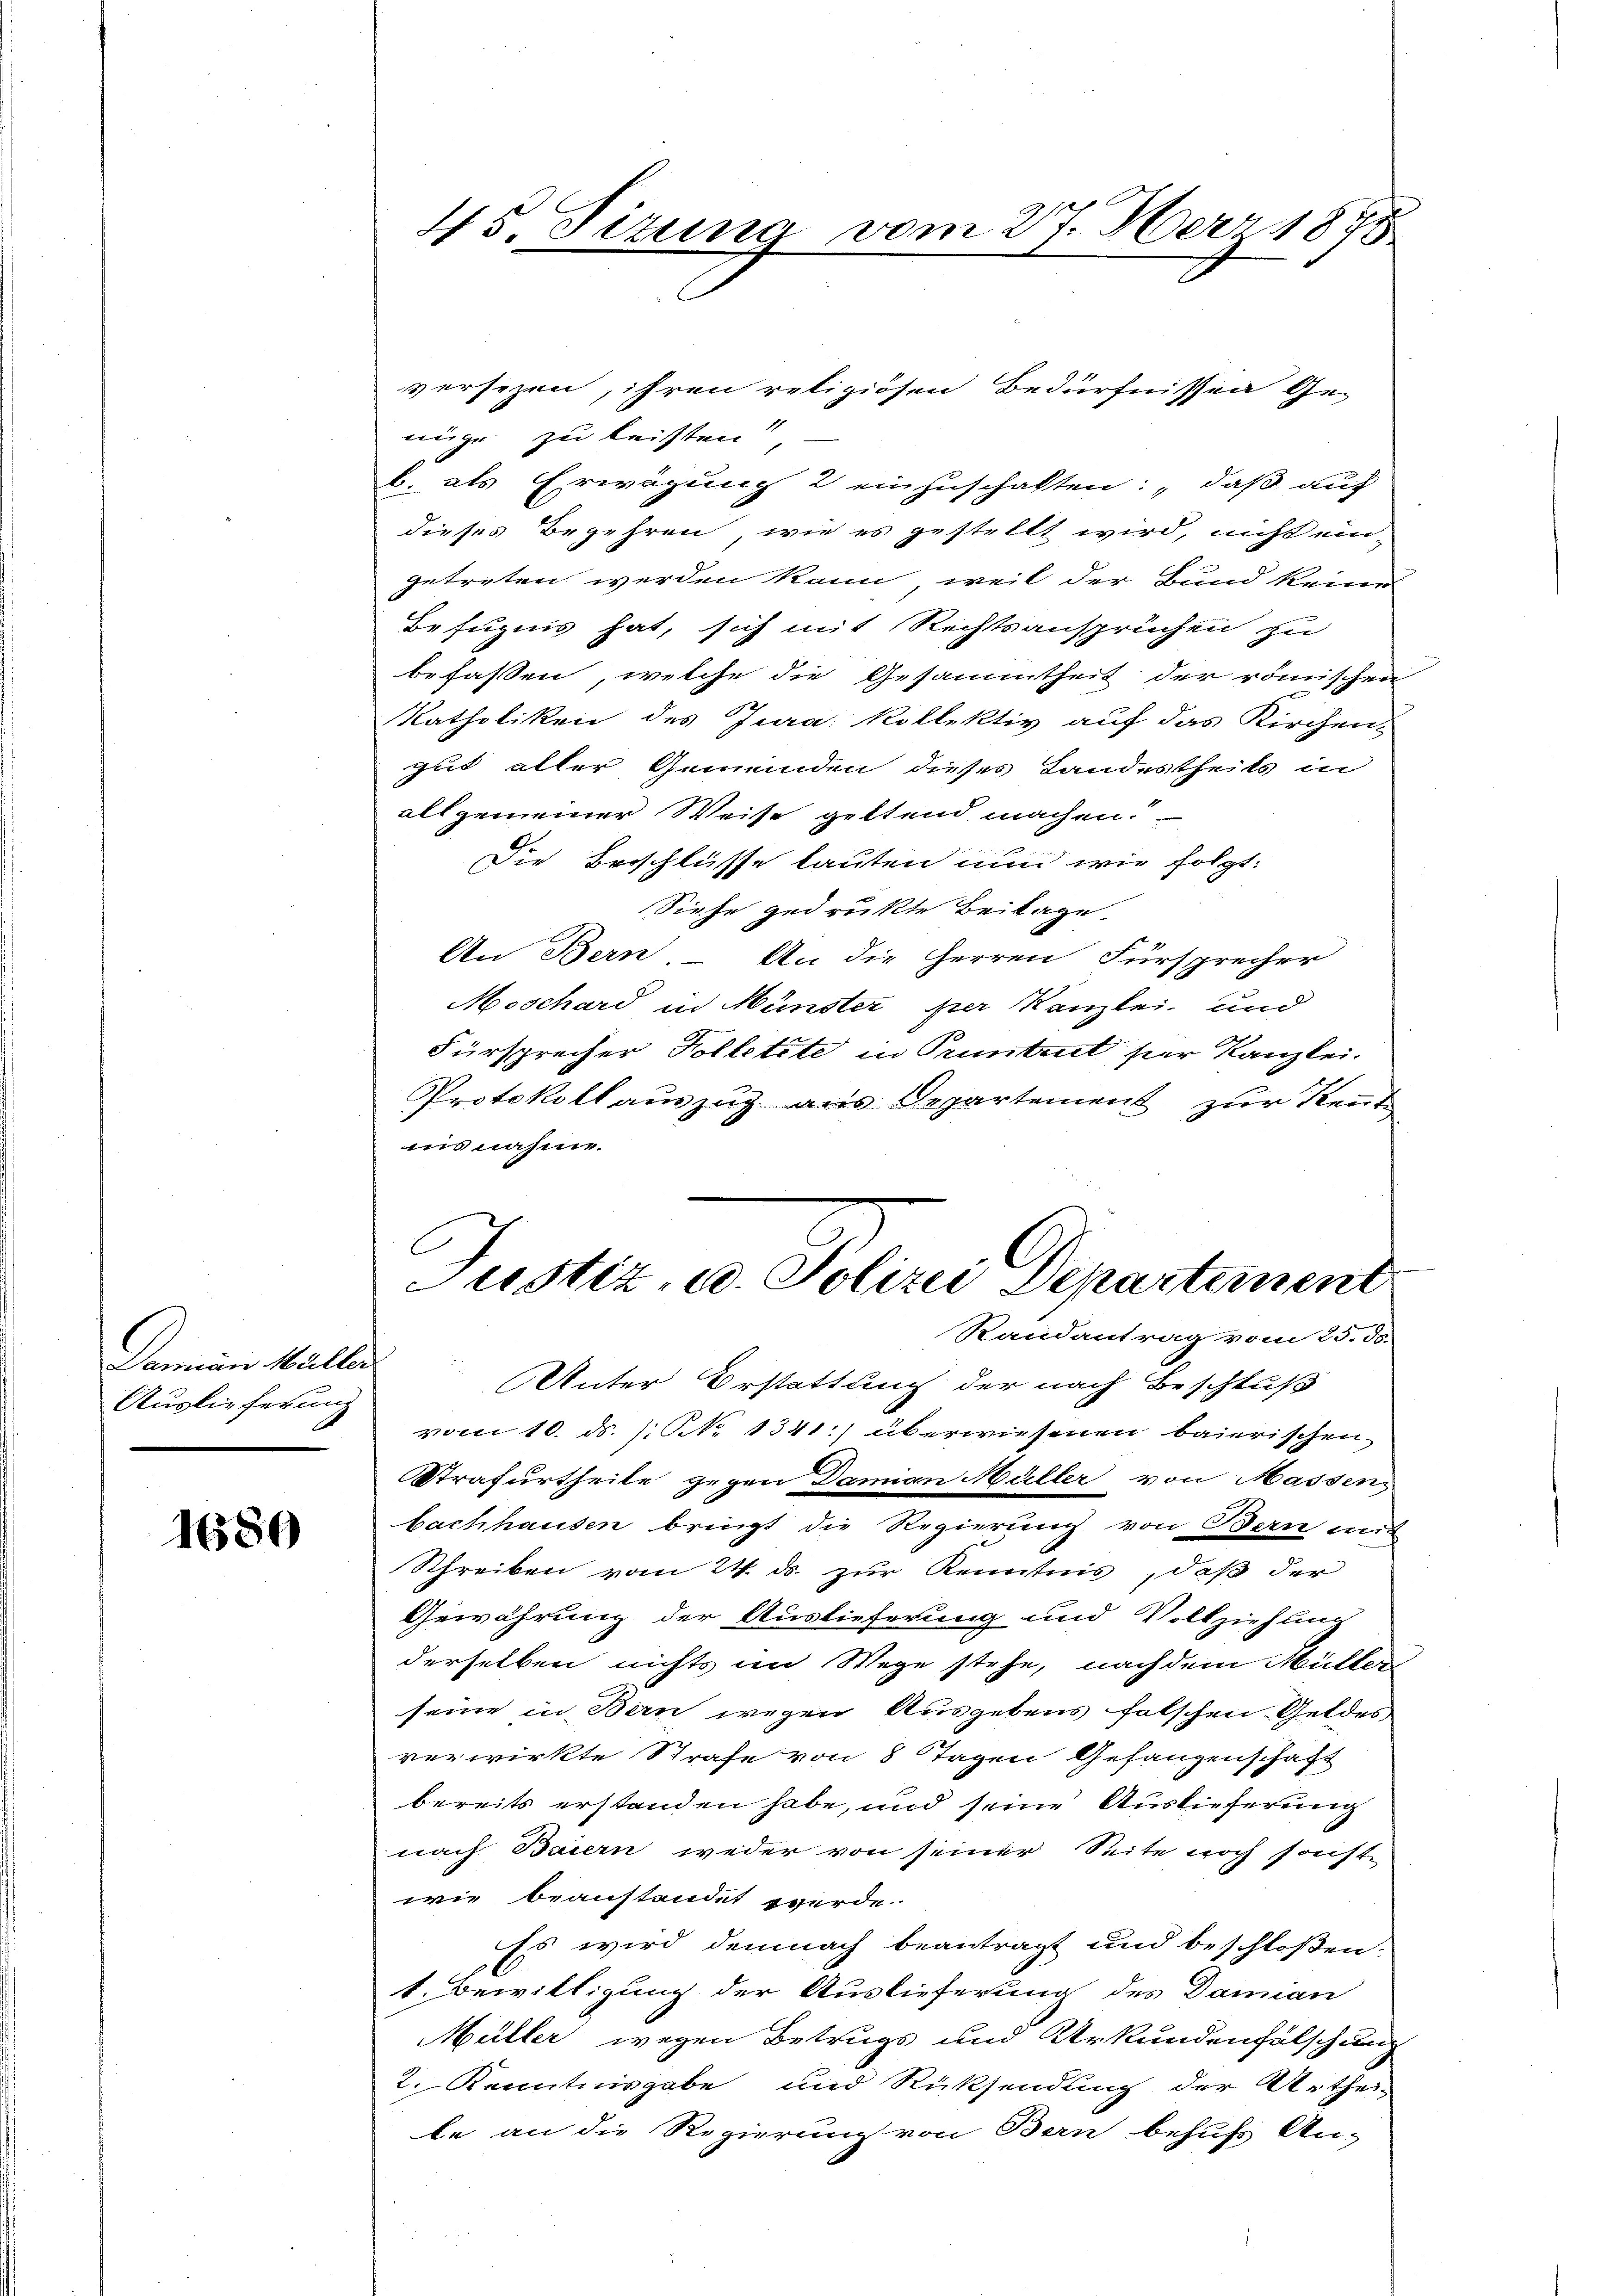
Damian Müller
Auslieferung

1680

versezen, ihren religiösen Bedürfnissen Genige zu leisten,
b. als Erwägung 2 einzuschalten, daß auf
dieses Begehren, wie es gestellt wird, nicht eingetreten werden kann, weil der Bund keine
Befugnis hat, sich mit Rechtsansprüchen zu
befassen, welche die Gesammtheit der römischen
Katholiken des Jura. Kollektiv auf das Kirchen,
gut aller Gemeinden dieses Landestheils in
allgemeiner Weise geltend machen.
Die Beschlüsse lauten nun wie folgt:
Siese gedrukte Beilage
An Bern, An die Herren Fürsprecher
Moschard in Münster per Kanzlei, und
Fürsprecher Kollette in Pruntrut per Kanzlei.
Protokoll auszug aus Departement zur Send
ins nahme.
Justiz- u. Polizei Departement
Randantrag vom 25. ds.
Unter Erstattung der nach Beschluß
vom 10. ds. /: NNo. 1341) überwiesenen baierischen
Strafurtheile gegen Damian Müller von Massen,
bachhausen bringt die Regierung von Bern mit
Schreiben vom 24. ds. zur Kenntnis, daß der
Gewährung der Auslieferung und Vollziehung
derselben nichts im Wege stehe, nachdem Müller
seine in Bern wegen Ausgebens falschen Geldes
verwirkte Strafe von 8 Tagen Gefangenschaft
bereits erstanden habe, und seine Auslieferung
nach Baiern weder von seiner Seite noch sonst
wie beanstandet werde.
Es wird demnach beantragt und beschloßen.
1. Bewilligung der Auslieferung des Dannau
Müller wegen Betrugs und Urkundenfälschung
2. Kenntnisgabe und Rücksendung der Urthei-
le an die Regierung von Bern behufs An-

45. Sizung vom 27. März 1895